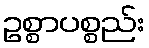
ဥစ္စာပစ္စည်း